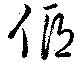
傴